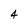
Character: 4